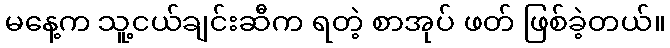
မနေ့က သူ့ငယ်ချင်းဆီက ရတဲ့ စာအုပ် ဖတ် ဖြစ်ခဲ့တယ်။